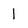
Character: l